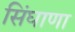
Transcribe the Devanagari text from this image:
सिंघाणा